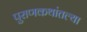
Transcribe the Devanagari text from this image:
पुराणकथांतल्या